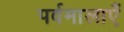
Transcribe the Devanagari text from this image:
पर्वमालाएँ